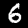
Label: 6